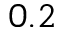
0 . 2